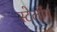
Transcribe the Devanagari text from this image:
स्टेलींग